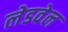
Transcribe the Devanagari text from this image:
लेडवेल